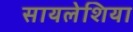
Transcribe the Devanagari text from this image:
सायलेशिया